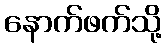
နောက်ဖက်သို့